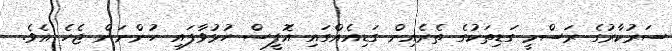
ސަރުކާރުގެ ރަސްމީ ގަޑިތަކުގެ ތެރެއިން ގަޑިއެއްގައި އޮފީސް ހުޅުވާފައި ހުންނަން ޖެހެ އެވެ.